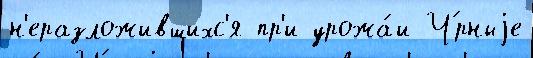
н'еразложившихс'я пр'и урожа́и Ч́рныjе